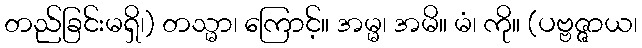
တည်ခြင်းမရှိ၊) တသ္မာ၊ ကြောင့်။ အမ္မ၊ အမိ။ မံ၊ ကို။ (ပဗ္ဗဇ္ဇာယ၊